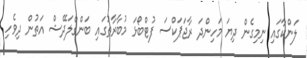
ލަންކާގައި ނިމިގެން ދިޔަ މަހިންދަ ރާޖަޕަކްސަ ފުޓްބޯޅަ މުބާރާތުގައި ބަންގްލަދޭޝް އަތުން ދިވެހި